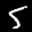
Label: 5